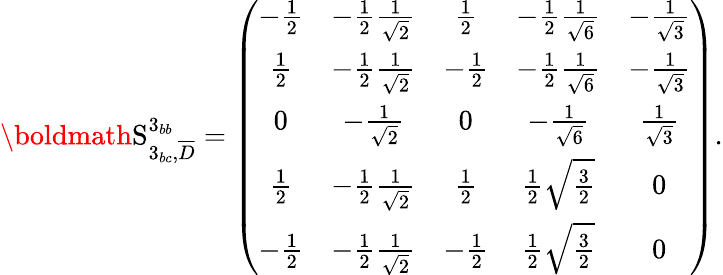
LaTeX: {\boldmath\mathrm{S}}_{3_{bc},\overline{{D}}}^{3_{bb}}=\left(\begin{array}{ccccc}{{-{\frac{1}{2}}}}&{{-{\frac{1}{2}}{\frac{1}{{\sqrt{2}}}}}}&{{{\frac{1}{2}}}}&{{-{\frac{1}{2}}{\frac{1}{{\sqrt{6}}}}}}&{{-{\frac{1}{{\sqrt{3}}}}}}\\ {{{\frac{1}{2}}}}&{{-{\frac{1}{2}}{\frac{1}{{\sqrt{2}}}}}}&{{-{\frac{1}{2}}}}&{{-{\frac{1}{2}}{\frac{1}{{\sqrt{6}}}}}}&{{-{\frac{1}{{\sqrt{3}}}}}}\\ {{0}}&{{-{\frac{1}{{\sqrt{2}}}}}}&{{0}}&{{-{\frac{1}{{\sqrt{6}}}}}}&{{{\frac{1}{{\sqrt{3}}}}}}\\ {{{\frac{1}{2}}}}&{{-{\frac{1}{2}}{\frac{1}{{\sqrt{2}}}}}}&{{{\frac{1}{2}}}}&{{{\frac{1}{2}}{\sqrt{{\frac{3}{2}}}}}}&{{0}}\\ {{-{\frac{1}{2}}}}&{{-{\frac{1}{2}}{\frac{1}{{\sqrt{2}}}}}}&{{-{\frac{1}{2}}}}&{{{\frac{1}{2}}{\sqrt{{\frac{3}{2}}}}}}&{{0}}\end{array}\right).